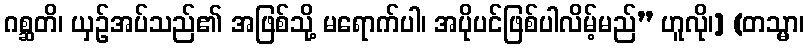
ဂစ္ဆတိ၊ ယှဉ်အပ်သည်၏ အဖြစ်သို့ မရောက်ပါ၊ အပိုပင်ဖြစ်ပါလိမ့်မည်” ဟူလို၊] (တသ္မာ၊